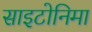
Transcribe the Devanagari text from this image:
साइटोनिमा